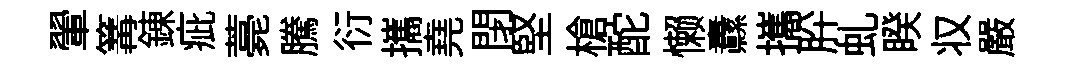
翬篝錬疵薧騰衍攜堯閉堅槍酡懒纛攜肸虬睽𠬧嚴